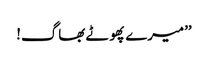
’’میرے پھوٹے بھاگ!